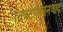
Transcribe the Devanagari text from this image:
विक्टोरियनवाद